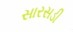
સારસડી